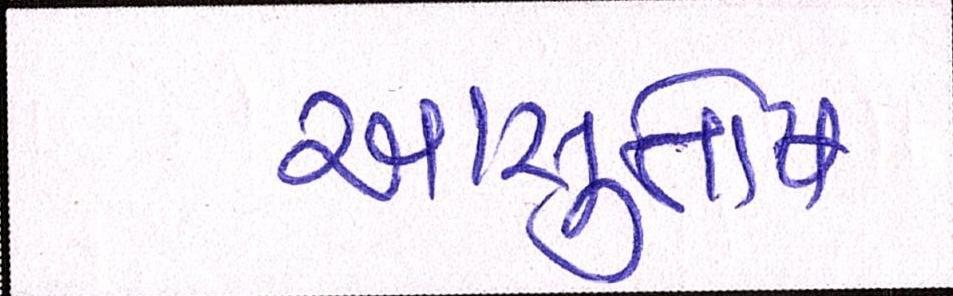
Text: આસુતોષ